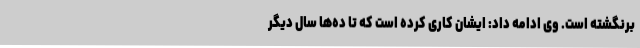
برنگشته است. وی ادامه داد: ایشان کاری کرده است که تا ده‌ها سال دیگر